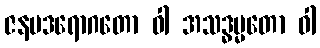
ဇနပဒရောဂတော ဝါ အသဒ္ဓမ္မတော ဝါ